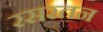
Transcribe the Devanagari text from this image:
रसरतन